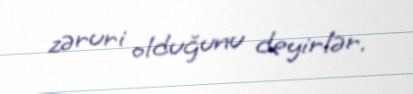
zəruri olduğunu deyirlər.